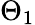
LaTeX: \Theta_{1}